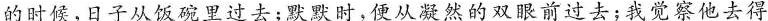
的时候，日子从饭碗里过去；默默时，便从凝然的双眼前过去；我觉察他去得